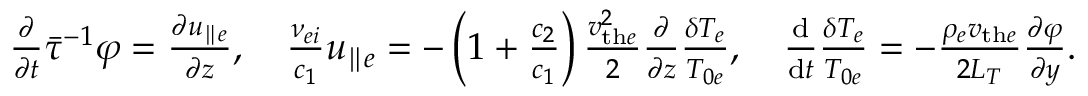
\begin{array} { r } { \frac { \partial } { \partial t } \bar { \tau } ^ { - 1 } \varphi = \frac { \partial u _ { \parallel e } } { \partial z } , \quad \frac { \nu _ { e i } } { c _ { 1 } } u _ { \parallel e } = - \left( 1 + \frac { c _ { 2 } } { c _ { 1 } } \right) \frac { v _ { \mathrm { t h } e } ^ { 2 } } { 2 } \frac { \partial } { \partial z } \frac { \delta T _ { e } } { T _ { 0 e } } , \quad \frac { \mathrm { d } } { \mathrm { d } t } \frac { \delta T _ { e } } { T _ { 0 e } } = - \frac { \rho _ { e } v _ { \mathrm { t h } e } } { 2 L _ { T } } \frac { \partial \varphi } { \partial y } . } \end{array}